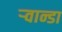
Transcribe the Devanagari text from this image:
ऱ्वान्डा